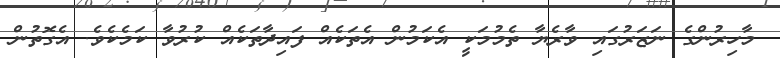
މާހިރުންގެ ނަޒަރުގައި ވާރެޔާ ތެމުމަކީ އެކަމުން އެތަކެއް ފައިދާތަކެއް ކުރުވާ ކަމެކެވެ. އެގޮތުން